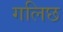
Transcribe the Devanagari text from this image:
गलिछ